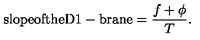
\mathrm { s l o p e o f t h e D 1 - b r a n e } = \frac { f + \phi } { T } .